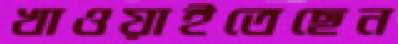
খাওয়াইতেছেন